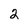
Character: 2